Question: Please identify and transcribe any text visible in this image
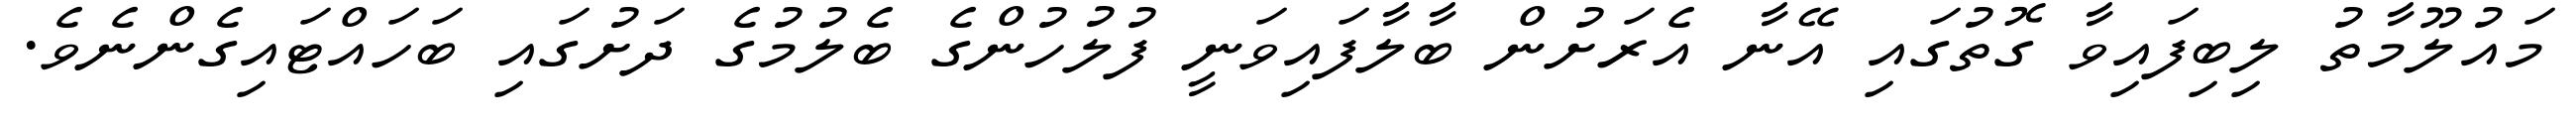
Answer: މައުލޫމާތު ލިބިފައިވާ ގޮތުގައި އޭނާ އެރަށުން ބާލާފައިވަނީ ފުލުހުންގެ ބެލުމުގެ ދަށުގައި ބަހައްޓައިގެންނެވެ.